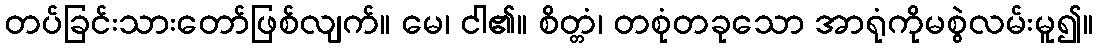
တပ်ခြင်းသားတော်ဖြစ်လျက်။ မေ၊ ငါ၏။ စိတ္တံ၊ တစုံတခုသော အာရုံကိုမစွဲလမ်းမူ၍။